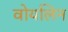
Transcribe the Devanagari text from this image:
वोयलिन